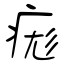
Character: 痝